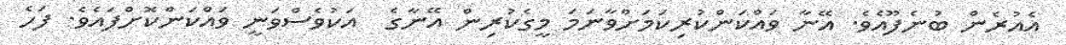
އެއުރެން ބުނެފޫއެވެ. އޭނާ ވައްކަންކުރިކަމަށްވާނަމަ މީގެކުރިން އޭނާގެ  އަކުވެސްވަނީ ވައްކަންކޮށްފައެވެ. ފަހެ